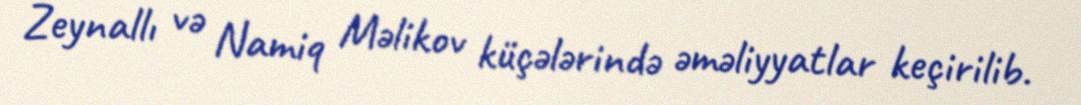
Zeynallı və Namiq Məlikov küçələrində əməliyyatlar keçirilib.